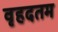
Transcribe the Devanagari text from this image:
वृहदतम